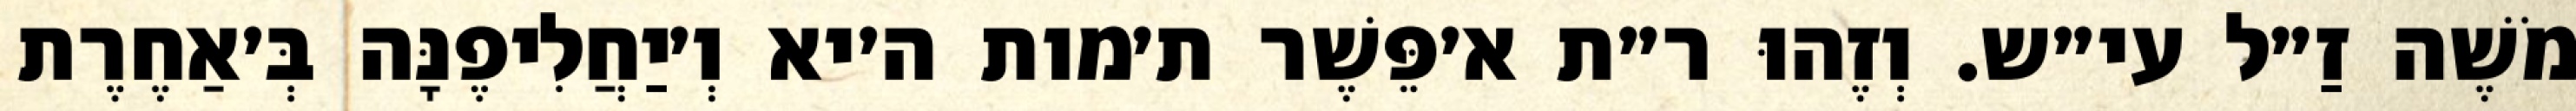
מֹשֶׁה זַ״ל עי״ש. וְזֶהוּ ר״ת א׳פֵּשֶׁר ת׳מות ה׳יא וְ׳יַחֲלִיפֶנָּה בְּ׳אַחֶרֶת